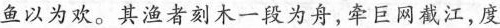
鱼以为欢。其渔者刻木一段为舟，牵巨网截江，度